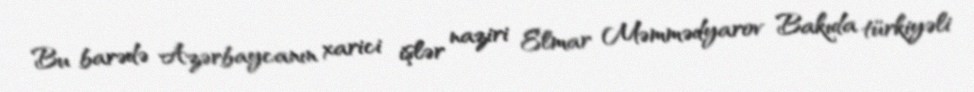
Bu barədə Azərbaycanın xarici işlər naziri Elmar Məmmədyarov Bakıda türkiyəli